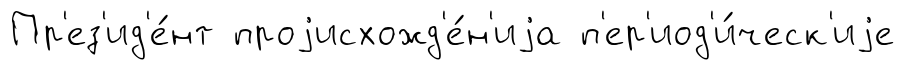
Пр'ез'ид'е́нт проjисхожд'е́н'иjа п'ер'иод'и́ческ'иjе